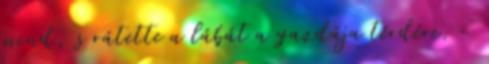
mind, s rátette a lábát a gazdája térdére. -